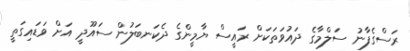
ރަސްގެފާނު ސަލްމާގެ ދައުވަތަކަށް ރައީސް ޔާމީންގެ ދެކަނބަލުން ސައޫދީ އަށް ވަޑައިގަތީ